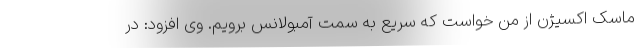
ماسک اکسیژن از من خواست که سریع به سمت آمبولانس برویم. وی افزود: در